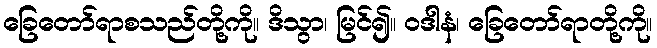
ခြေတော်ရာစသည်တို့ကို။ ဒိသွာ၊ မြင်၍။ ဝဒါနံ၊ ခြေတော်ရာတို့ကို။